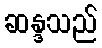
ဆန္ဒသည်